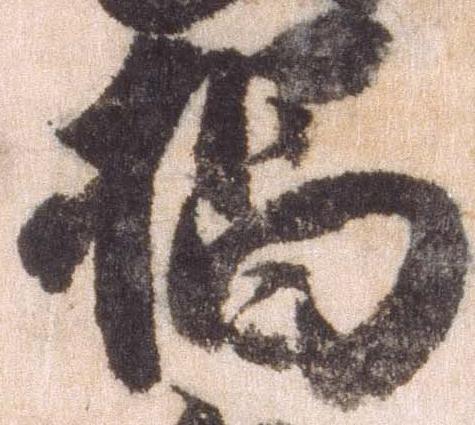
椙